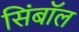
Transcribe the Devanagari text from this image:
सिंबॉल